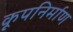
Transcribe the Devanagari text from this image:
कूपनिर्माण